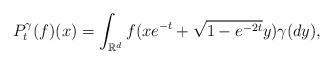
LaTeX: \begin{align*}P^{\gamma}_t(f)(x) = \int_{\mathbb{R}^d} f(xe^{-t}+\sqrt{1-e^{-2t}} y) \gamma(dy),\end{align*}